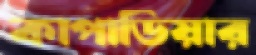
কাপাডিয়ার